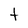
Character: t